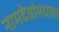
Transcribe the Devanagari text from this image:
नामदेवांमधला